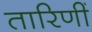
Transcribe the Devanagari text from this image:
तारिणीं